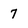
Character: 7